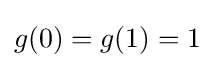
g(0)=g(1)=1